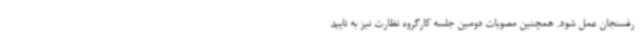
رفسنجان عمل شود. همچنین مصوبات دومین جلسه کارگروه نظارت نیز به تایید